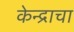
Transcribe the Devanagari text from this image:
केन्द्राचा